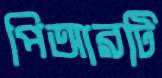
পিআরটি